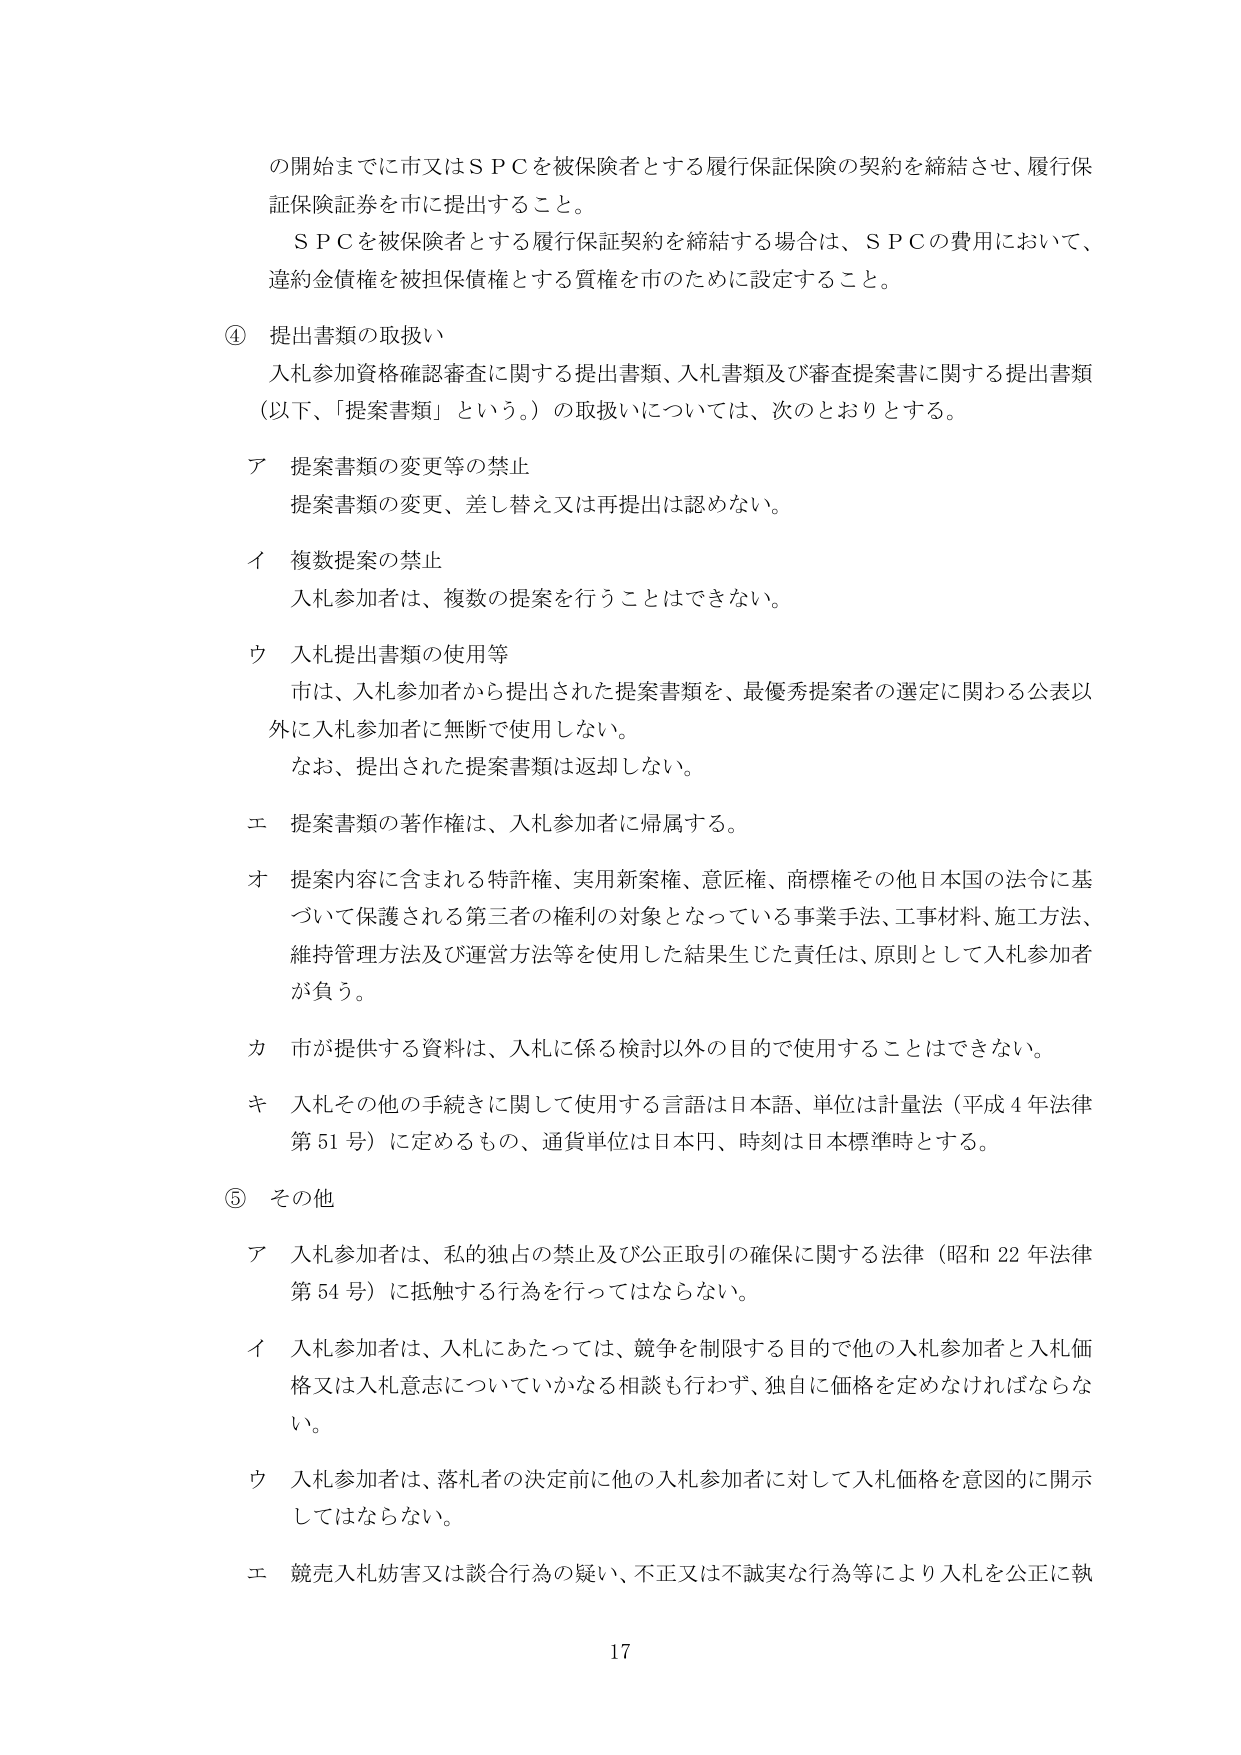
の開始までに市又はＳＰＣを被保険者とする履行保証保険の契約を締結させ、履行保証保険証券を市に提出すること。

ＳＰＣを被保険者とする履行保証契約を締結する場合は、ＳＰＣの費用において、違約金債権を被担保債権とする質権を市のために設定すること。

④ 提出書類の取扱い
入札参加資格確認審査に関する提出書類、入札書類及び審査提案書に関する提出書類（以下、「提案書類」という。）の取扱いについては、次のとおりとする。

ア 提案書類の変更等の禁止
提案書類の変更、差し替え又は再提出は認めない。

イ 複数提案の禁止
入札参加者は、複数の提案を行うことはできない。

ウ 入札提出書類の使用等
市は、入札参加者から提出された提案書類を、最優秀提案者の選定に関わる公表以外に入札参加者に無断で使用しない。
なお、提出された提案書類は返却しない。

エ 提案書類の著作権は、入札参加者に帰属する。

オ 提案内容に含まれる特許権、実用新案権、意匠権、商標権その他日本国の法令に基づいて保護される第三者の権利の対象となっている事業手法、工事材料、施工方法、維持管理方法及び運営方法等を使用した結果生じた責任は、原則として入札参加者が負う。

カ 市が提供する資料は、入札に係る検討以外の目的で使用することはできない。

キ 入札その他の手続きに関して使用する言語は日本語、単位は計量法（平成４年法律第51号）に定めるもの、通貨単位は日本円、時刻は日本標準時とする。

⑤ その他
ア 入札参加者は、私的独占の禁止及び公正取引の確保に関する法律（昭和22年法律第54号）に抵触する行為を行ってはならない。

イ 入札参加者は、入札にあたっては、競争を制限する目的で他の入札参加者と入札価格又は入札意志についていかなる相談も行わず、独自に価格を定めなければならない。

ウ 入札参加者は、落札者の決定前に他の入札参加者に対して入札価格を意図的に開示してはならない。

エ 競売入札妨害又は談合行為の疑い、不正又は不誠実な行為等により入札を公正に執

17